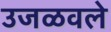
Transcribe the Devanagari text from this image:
उजळवले